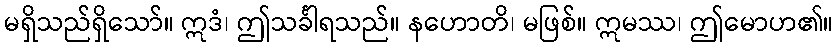
မရှိသည်ရှိသော်။ ဣဒံ၊ ဤသင်္ခါရသည်။ နဟောတိ၊ မဖြစ်။ ဣမဿ၊ ဤမောဟ၏။